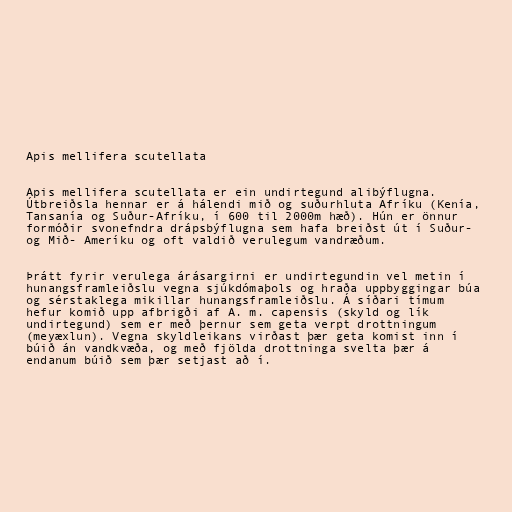
Apis mellifera scutellata

Apis mellifera scutellata er ein undirtegund alibýflugna.
Útbreiðsla hennar er á hálendi mið og suðurhluta Afríku (Kenía,
Tansanía og Suður-Afríku, í 600 til 2000m hæð). Hún er önnur
formóðir svonefndra drápsbýflugna sem hafa breiðst út í Suður-
og Mið- Ameríku og oft valdið verulegum vandræðum.

Þrátt fyrir verulega árásargirni er undirtegundin vel metin í
hunangsframleiðslu vegna sjúkdómaþols og hraða uppbyggingar búa
og sérstaklega mikillar hunangsframleiðslu. Á síðari tímum
hefur komið upp afbrigði af A. m. capensis (skyld og lík
undirtegund) sem er með þernur sem geta verpt drottningum
(meyæxlun). Vegna skyldleikans virðast þær geta komist inn í
búið án vandkvæða, og með fjölda drottninga svelta þær á
endanum búið sem þær setjast að í.